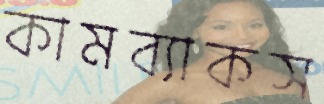
কামব্যাকস